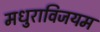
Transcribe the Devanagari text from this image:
मधुराविजयम